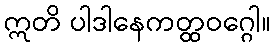
ဣတိ ပါဒါနေကတ္ထဝဂ္ဂေါ။